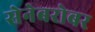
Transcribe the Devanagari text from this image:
सेनेबरोबर